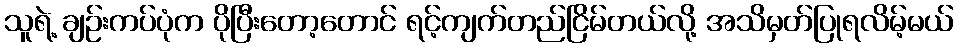
သူရဲ့ ချဉ်းကပ်ပုံက ပိုပြီးတော့တောင် ရင့်ကျက်တည်ငြိမ်တယ်လို့ အသိမှတ်ပြုရလိမ့်မယ်